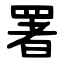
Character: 署